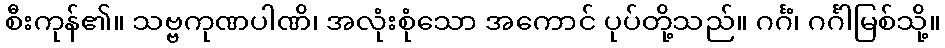
စီးကုန်၏။ သဗ္ဗကုဏပါဏိ၊ အလုံးစုံသော အကောင် ပုပ်တို့သည်။ ဂင်္ဂံ၊ ဂင်္ဂါမြစ်သို့။